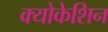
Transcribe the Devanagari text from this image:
क्योकेशिन